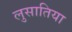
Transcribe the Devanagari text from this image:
लुसातिया